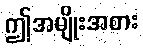
ဤအမျိုးအစား